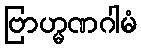
ဗြာဟ္မဏဂါမံ